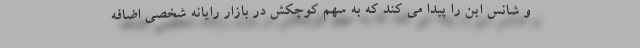
و شانس این را پیدا می کند که به سهم کوچکش در بازار رایانه شخصی اضافه